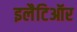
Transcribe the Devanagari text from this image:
इलैटिऑर